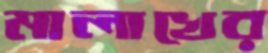
মালাখের